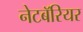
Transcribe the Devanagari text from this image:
नेटबॅरियर